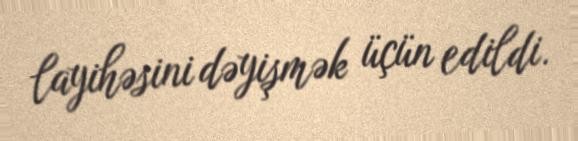
layihəsini dəyişmək üçün edildi.